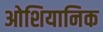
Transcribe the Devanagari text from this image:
ओशियानिक